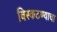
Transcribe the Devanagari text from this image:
विस्कटण्याचा